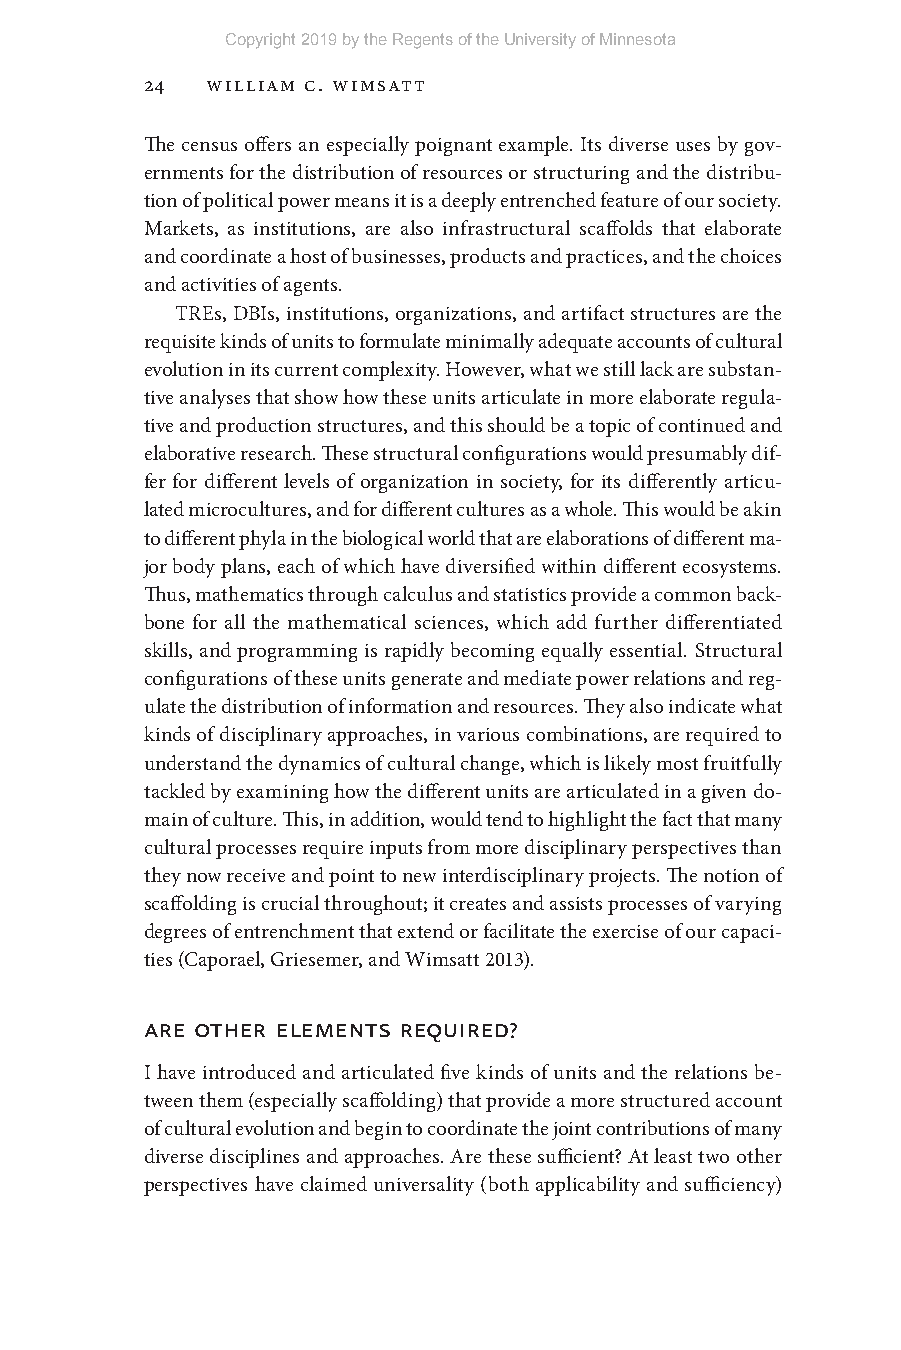
Copyright 2019 by the Regents of the University of Minnesota
 24  William C. Wimsatt
 The census offers an especially poignant example. Its diverse uses by gov-
 ernments for the distribution of resources or structuring and the distribu-
 tion of political power means it is a deeply entrenched feature of our society.
 Markets, as institutions, are also infrastructural scaffolds that elaborate
 and coordinate a host of businesses, products and practices, and the choices
 and activities of agents.
 TREs, DBIs, institutions, organizations, and artifact structures are the
 requisite kinds of units to formulate minimally adequate accounts of cultural
 evolution in its current complexity. However, what we still lack are substan-
 tive analyses that show how these units articulate in more elaborate regula-
 tive and production structures, and this should be a topic of continued and
 elaborative research. These structural configurations would presumably dif-
 fer for different levels of organization in society, for its differently articu-
 lated microcultures, and for different cultures as a whole. This would be akin
 to different phyla in the biological world that are elaborations of different ma-
 jor body plans, each of which have diversified within different ecosystems.
 Thus, mathematics through calculus and statistics provide a common back-
 bone for all the mathematical sciences, which add further differentiated
 skills, and programming is rapidly becoming equally essential. Structural
 configurations of these units generate and mediate power relations and reg-
 ulate the distribution of information and resources. They also indicate what
 kinds of disciplinary approaches, in various combinations, are required to
 understand the dynamics of cultural change, which is likely most fruitfully
 tackled by examining how the different units are articulated in a given do-
 main of culture. This, in addition, would tend to highlight the fact that many
 cultural processes require inputs from more disciplinary perspectives than
 they now receive and point to new interdisciplinary projects. The notion of
 scaffolding is crucial throughout; it creates and assists processes of varying
 degrees of entrenchment that extend or facilitate the exercise of our capaci-
 ties (Caporael, Griesemer, and Wimsatt 2013).
 Are other eleMents required?
 I have introduced and articulated five kinds of units and the relations be-
 tween them (especially scaffolding) that provide a more structured account
 of cultural evolution and begin to coordinate the joint contributions of many
 diverse disciplines and approaches. Are these sufficient? At least two other
 perspectives have claimed universality (both applicability and sufficiency)